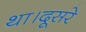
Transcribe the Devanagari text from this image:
था।दूसरे